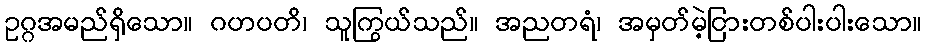
ဥဂ္ဂအမည်ရှိသော။ ဂဟပတိ၊ သူကြွယ်သည်။ အညတရံ၊ အမှတ်မဲ့ငြားတစ်ပါးပါးသော။